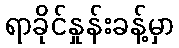
ရာခိုင်နှုန်းခန့်မှာ